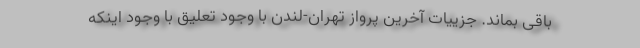
باقى بماند. جزییات آخرین پرواز تهران-لندن با وجود تعلیق با وجود اینکه